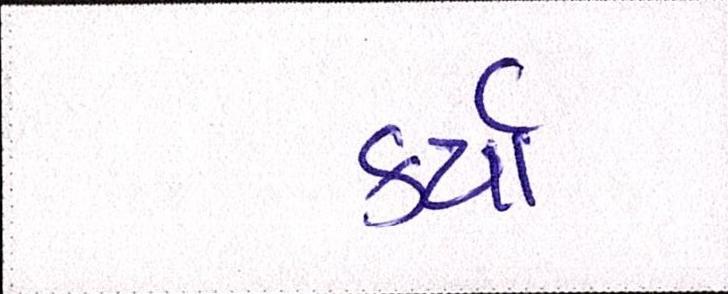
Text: કર્યાં